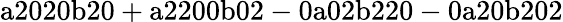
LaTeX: \mathrm{a2020b20+a2200b02-0a02b220-0a20b202}